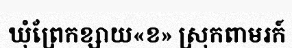
ឃុំព្រែកខ្សាយ«ខ» ស្រុកពាមរក៍